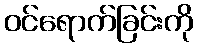
ဝင်ရောက်ခြင်းကို